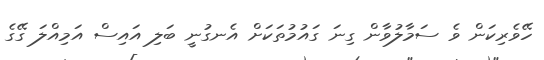
ހޭވެރިކަން ވެ ސަމާލުވާން ގިނަ ގައުމުތަކަށް އެނގުނީ ބަލި އައިސް އަމިއްލަ ގޭގެ